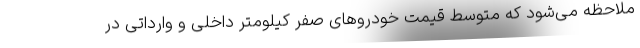
ملاحظه می‌شود که متوسط قیمت خودروهای صفر کیلومتر داخلی و وارداتی در